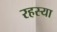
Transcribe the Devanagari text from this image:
रहस्या